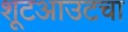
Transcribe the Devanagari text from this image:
शूटआउटचा